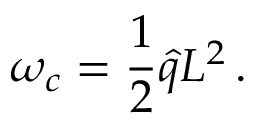
\omega _ { c } = \frac { 1 } { 2 } \hat { q } L ^ { 2 } \, .